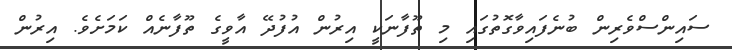
ސައިންސްވެރިން ބުނެފައިވާގޮތުގައި މި ތޫފާނަކީ އިރުން އުފުދޭ އާވީގެ ތޫފާނެއް ކަމަށެވެ. އިރުން